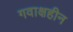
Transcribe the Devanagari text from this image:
गवाक्षहीन